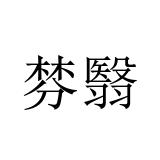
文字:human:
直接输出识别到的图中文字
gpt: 棼翳